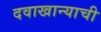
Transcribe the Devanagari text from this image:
दवाखान्याची